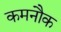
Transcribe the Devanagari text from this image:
कमनौक